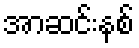
အာဆင်းနစ်